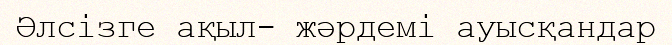
Әлсізге ақыл- жәрдемі ауысқандар